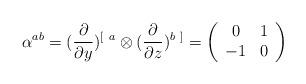
LaTeX: \begin{align*}\alpha^{ab} = ({\partial\over \partial y})^{[\ a}\otimes ({\partial\over \partial z})^{b\ ]} =\left( \begin{array}{cc} 0 & 1 \\ -1 & 0 \end{array} \right)\end{align*}